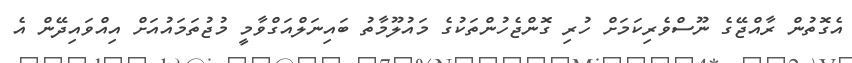
އެގޮތުން ރާއްޖޭގެ ނޫސްވެރިކަމަށް ހުރި ގޮންޖެހުންތަކުގެ މައުލޫމާތު ބައިނަލްއަގްވާމީ މުޖުތަމައުއަށް އިއްވައިދޭން އެ